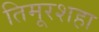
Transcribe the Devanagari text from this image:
तिमूरशहा